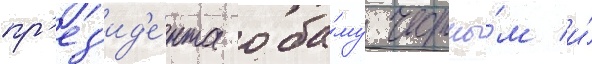
пр'ез'ид'е́нта оба́му честны́м и́